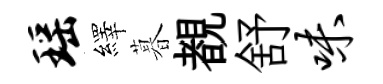
瑶繹暮覩舒味